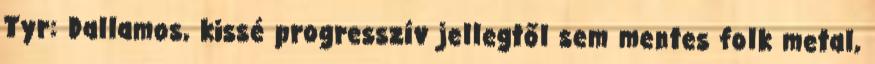
Tyr: Dallamos, kissé progresszív jellegtől sem mentes folk metal,